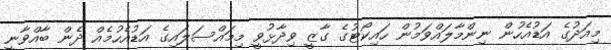
މިއަދުގެ އަޑުއެހުން ނިންމާލައްވަމުން ހައިކޯޓުގެ ގާޒީ ވިދާޅުވީ މިމައްސަލައިގެ އަޑުއެހުމެއް ދެން ބާއްވާނީ